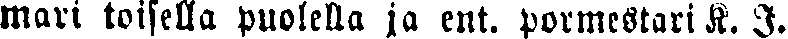
mari toisella puolella ja ent. pormestari K. I.